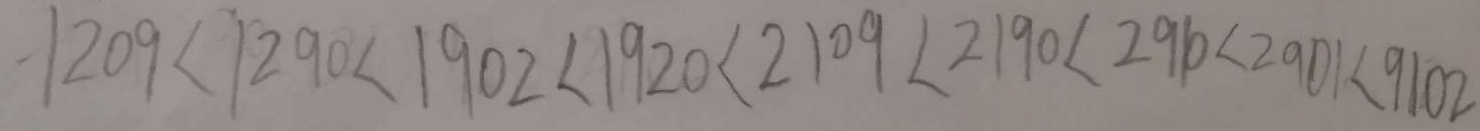
1 2 0 9 < 1 2 9 0 < 1 9 0 2 < 1 9 2 0 < 2 1 0 9 < 2 1 9 0 < 2 9 1 0 < 2 9 0 1 < 9 1 0 2